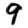
Digit: 9